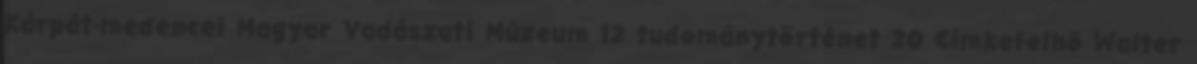
Kárpát-medencei Magyar Vadászati Múzeum 12 tudománytörténet 20 Címkefelhő Walter